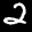
Label: 2